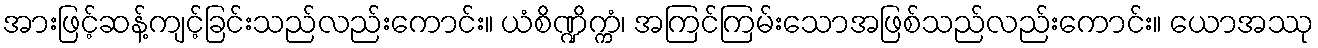
အားဖြင့်ဆန့်ကျင့်ခြင်းသည်လည်းကောင်း။ ယံစိဏ္ဍိက္ကံ၊ အကြင်ကြမ်းသောအဖြစ်သည်လည်းကောင်း။ ယောအဿု